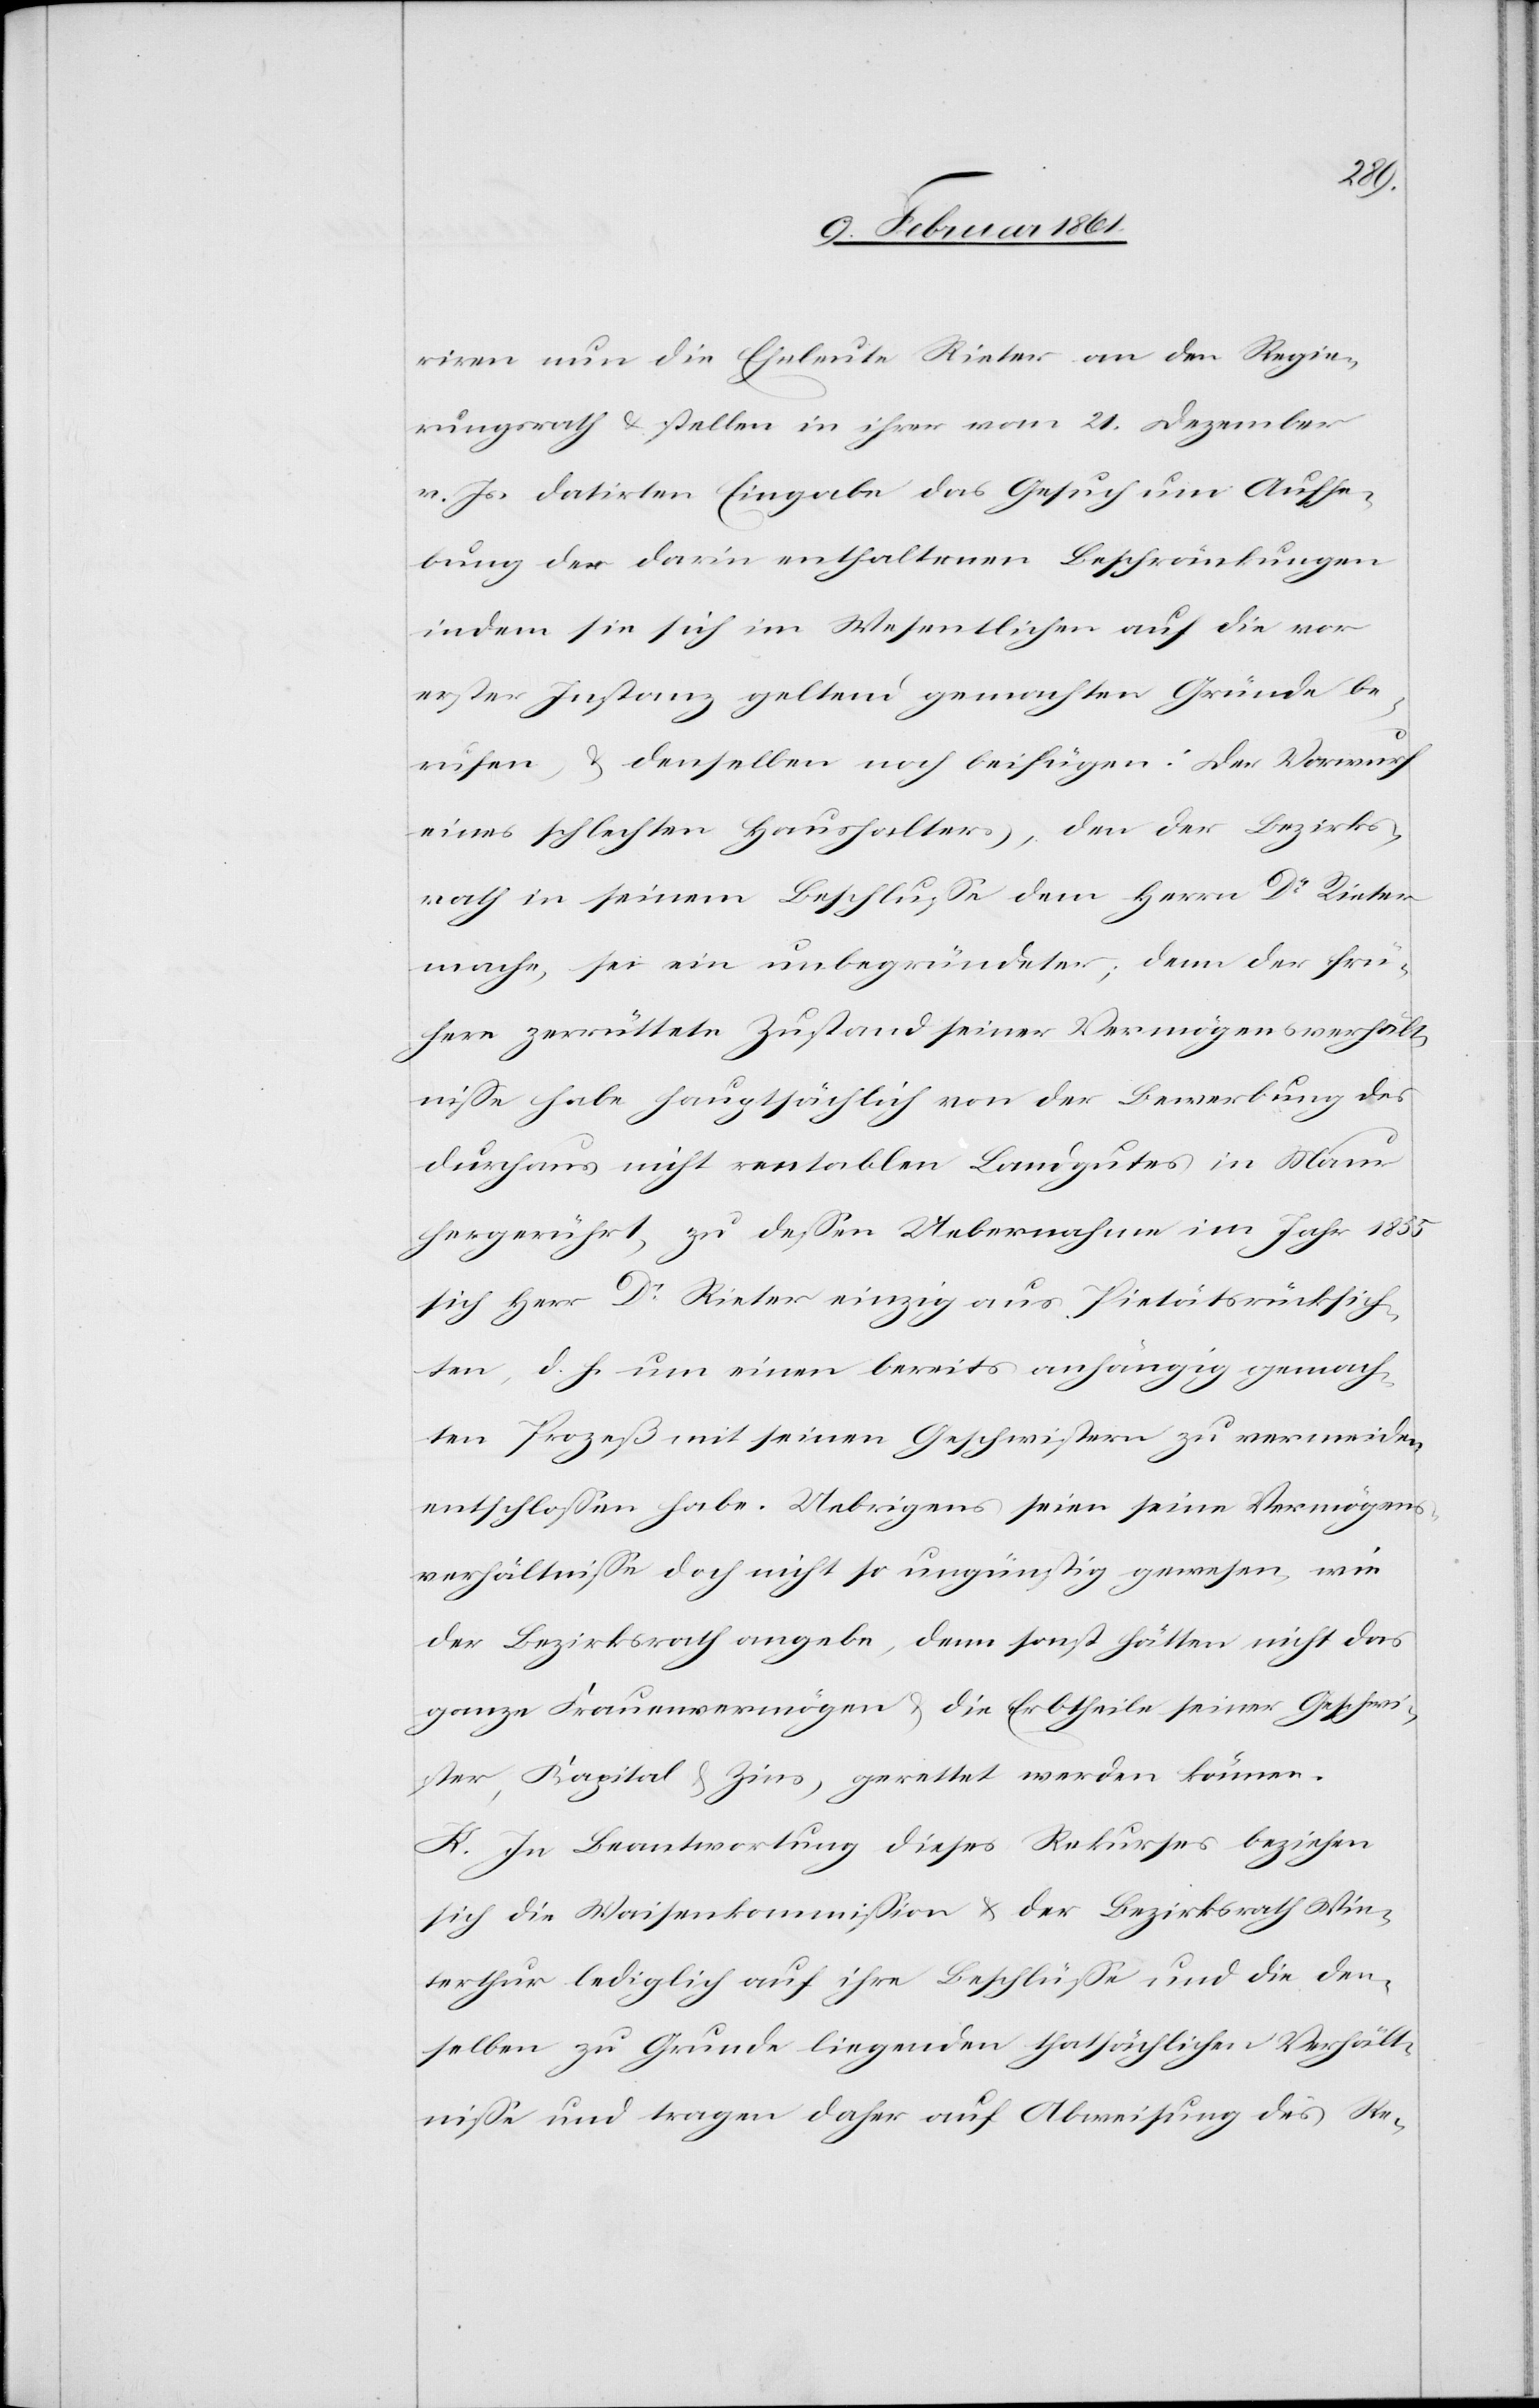
riren nun die Eheleute Rieter an den Regie¬
rungsrath u. stellen in ihrer vom 21. Dezember
v. Js. datirten Eingabe das Gesuch um Aufhe¬
bung der darin enthaltenen Beschränkungen
indem sie sich im Wesentlichen auf die vor
erster Instanz geltend gemachten Gründe be¬
rufen u. denselben noch beifügen: Der Vorwurf
eines schlechten Haushalters, den der Bezirks¬
rath in seinem Beschlusse dem Herrn Dr. Rieter
mache, sei ein unbegründeter, dem der frü¬
here zerrüttete Zustand seiner Vermögensverhält¬
nisse habe hauptsächlich von der Bewerbung des
durchaus nicht rentablen Baugutes in Maur
hergerührt, zu dessen Uebernahme im Jahr 1855
sich Herr Dr. Rieter einzig aus Pietätsrücksich¬
ten, d. h. um einen bereits anhängig gemach¬
ten Prozeß mit seinen Geschwistern zu vermeiden,
entschlossen habe. Uebrigens seien seine Vermögens¬
verhältnisse doch nicht so ungünstig gewesen, wie
der Bezirksrath angebe, denn sonst hätten nicht das
ganze Frauenvermögen u. die Erbtheile seiner Geschwi¬
ster, Kapital u. Zins, gerettet werden können.
K. In Beantwortung dieses Rekurses beziehen
sich die Waisenkommission u. der Bezirksrath Win¬
terthur lediglich auf ihre Beschlüsse und die den¬
selben zu Grunde liegenden thatsächlichen Verhält¬
nisse und tragen daher auf Abweisung des Re-